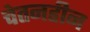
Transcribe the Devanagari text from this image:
चेतनहीन